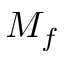
M _ { f }